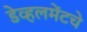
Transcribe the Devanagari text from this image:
डेव्हलमेंटचे